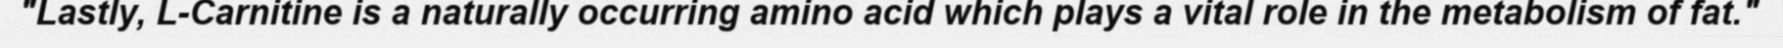
"Lastly, L-Carnitine is a naturally occurring amino acid which plays a vital role in the metabolism of fat."